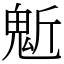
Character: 鬿